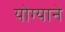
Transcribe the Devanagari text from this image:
योग्याने